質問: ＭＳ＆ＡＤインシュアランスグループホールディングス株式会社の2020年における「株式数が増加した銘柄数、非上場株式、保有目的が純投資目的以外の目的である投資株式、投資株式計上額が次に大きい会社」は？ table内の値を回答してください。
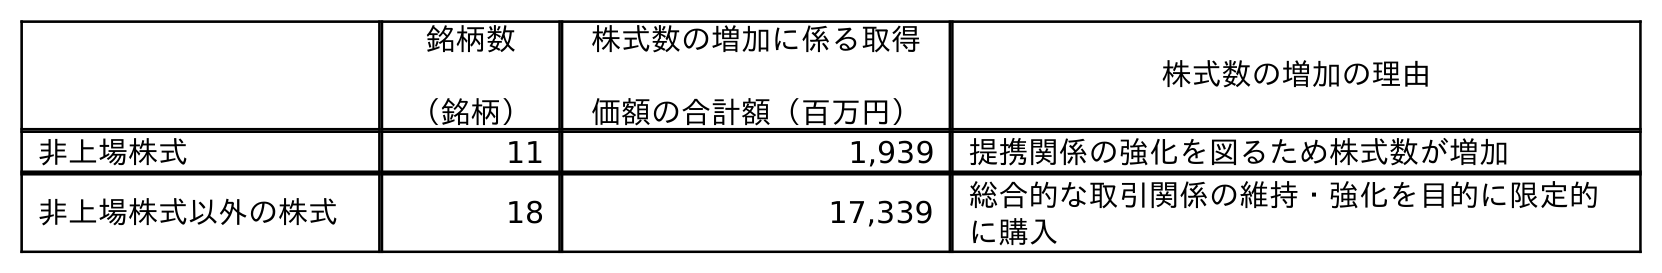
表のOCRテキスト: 銘柄数 （銘柄） 株式数の増加に係る取得 価額の合計額（百万円） 株式数の増加の理由 非上場株式 11 1,939 提携関係の強化を図るため株式数が増加 非上場株式以外の株式 18 17,339 総合的な取引関係の維持・強化を目的に限定的 に購入
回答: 11